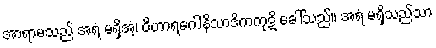
အာရာမသည် အရံ မရှိအံ့၊ ဝိဟာရဂေါနိသာဒိကကုဋိ ခေါ်သည်။ အရံ မရှိသည်သာ